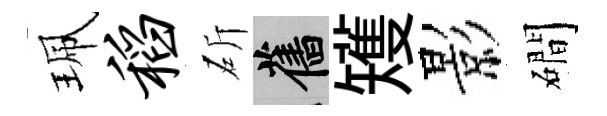
珮稻斫舊矱影磵